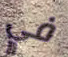
في